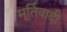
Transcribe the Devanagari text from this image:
मूर्तिवादी